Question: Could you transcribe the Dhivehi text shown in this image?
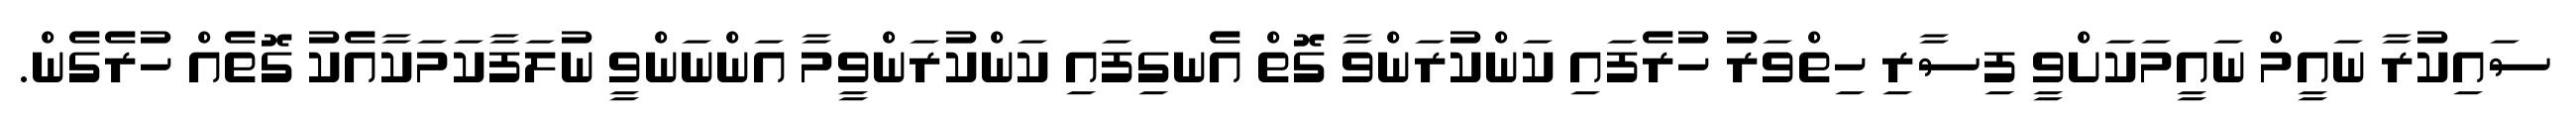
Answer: ސައިކުރާ ނައީމް ނައީމަކަށްވީ ފިސާރި ހިތްވަރު ހުރެފައި ކަންކުރަންވާ ގޮތް އެނގިފައި ކަންކުރަންވީމާ އަންނަންވީ ނުލަފާކަމަކާއެކު ގޮތެއް ހުރެގެން.